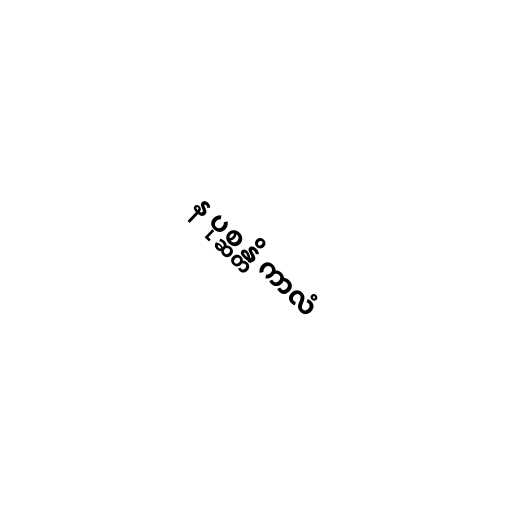
န ပုစ္ဆန္တိ ကာလံ